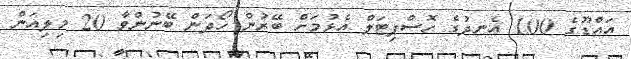
އައްޑޫގެ 100 އެނދުގެ ހޮސްޕިޓަލް އެޅުމަށް ބޭރުން ހޯދަން ބޭނުންވާ 20 މިލިއަން